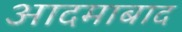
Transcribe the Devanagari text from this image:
आदमाबाद